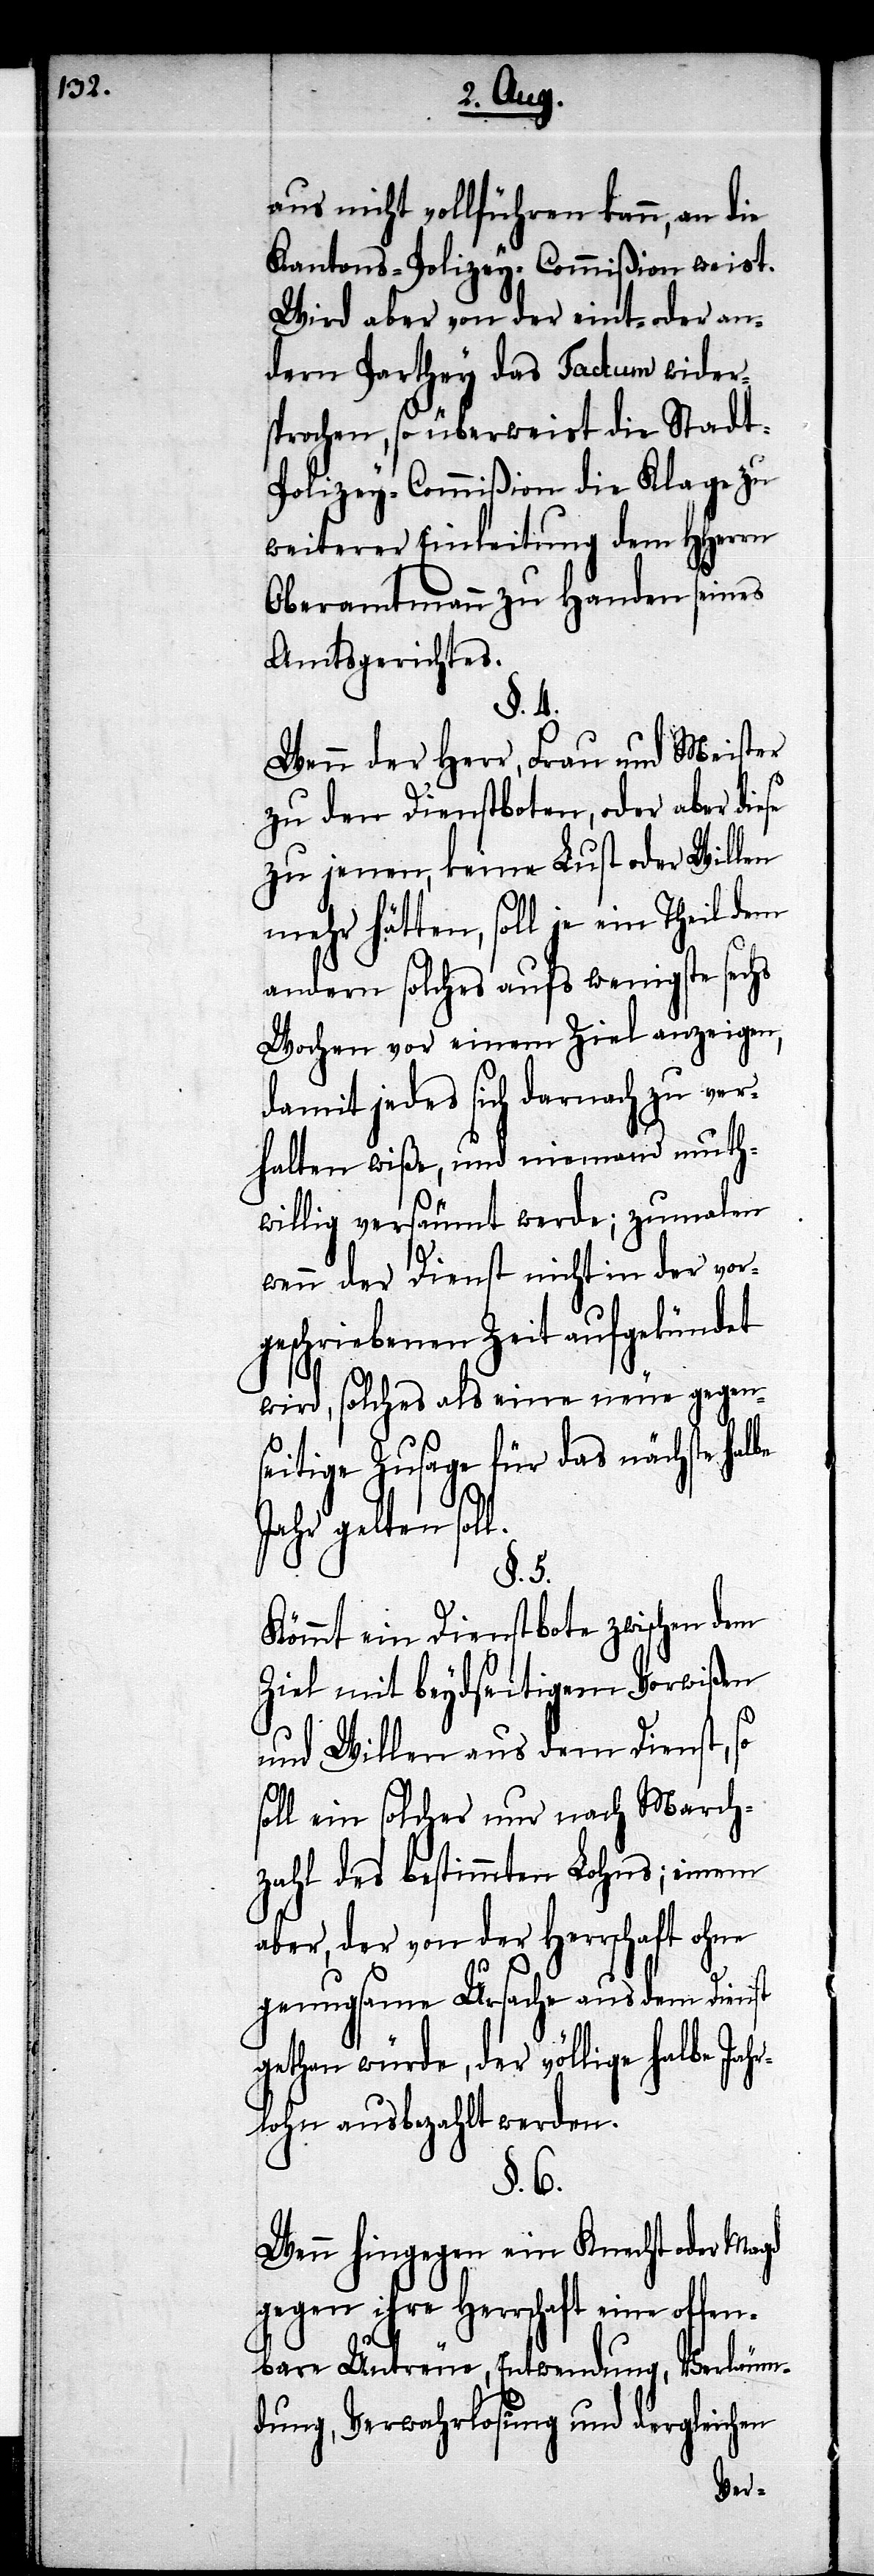
aus nicht vollführen kann, an die
Kantons-Polizey-Commißion weist.
Wird aber von der eint- oder an¬
dern Parthey das Factum wider¬
sprochen, so überweist die Stadt-P¬
olizey-Commißion die Klage zu
weiterer Einleitung dem HHerrn
Oberamtmann zu Handen seines
Amtsgerichtes.
§. 4.
Wenn der Herr, Frau und Meister
zu den Dienstboten, oder aber diese
zu jenen, keine Lust oder Willen
mehr hätten, soll je ein Theil dem
andern solches aufs wenigste sechs
Wochen vor einem Ziel anzeigen,
damit jedes sich darnach zu ver¬
halten wiße, und niemand muth¬
willig versäumt werde; zumalen
wenn der Dienst nicht in der vor¬
geschriebenen Zeit aufgekündet
wird, solches als eine neue gegen¬
seitige Zusage für das nächste halbe
Jahr gelten soll.
§. 5.
Kömmt ein Dienstbote zwischen dem
Ziel mit beydseitigem Vorwißen
und Willen aus dem Dienst, so
soll ein solcher nur nach March¬
zahl des bestimmten Lohns; einem
aber, der von der Herrschaft ohne
genugsame Ursache aus dem Dienst
gethan würde, der völlige halbe Ja¬
hrlohn ausbezahlt werden.
§. 6.
Wenn hingegen ein Knecht oder Magd
gegen ihre Herrschaft eine offen¬
bare Untreue, Entwendung, Verläum¬
dung, Verwahrlosung und dergleichen